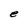
Character: e